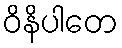
ဝိနိပါတေ